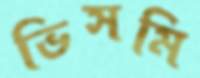
ভিসমি